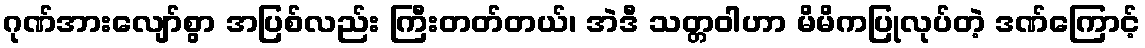
ဂုဏ်အားလျော်စွာ အပြစ်လည်း ကြီးတတ်တယ်၊ အဲဒီ သတ္တဝါဟာ မိမိကပြုလုပ်တဲ့ ဒဏ်ကြောင့်